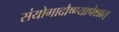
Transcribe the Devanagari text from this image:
संयोगादौष्ण्यापेक्षात्